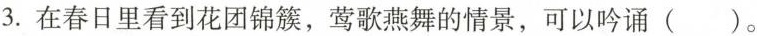
3.在春日里看到花团锦簇，莺歌燕舞的情景，可以吟诵（）。